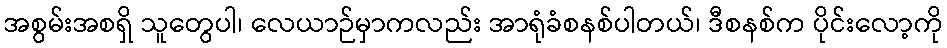
အစွမ်းအစရှိ သူတွေပါ၊ လေယာဉ်မှာကလည်း အာရုံခံစနစ်ပါတယ်၊ ဒီစနစ်က ပိုင်းလော့ကို